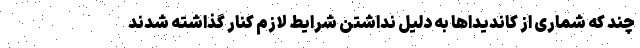
چند که شماری از کاندیداها به دلیل نداشتن شرایط لازم کنار گذاشته شدند